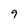
Character: 9